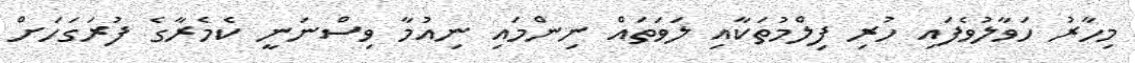
މިހާރު ހަވާލުވެފައި ހުރި ފިލްމުތަކާއި ލަވަތައް ނިންމައި ނިއުމާ ވިސްނަނީ ކެމެރާގެ ފުރަގަހަށް